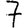
Digit: 7